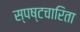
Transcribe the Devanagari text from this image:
स्पष्टचारिता